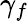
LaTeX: \gamma_{f}